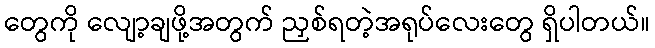
တွေကို လျော့ချဖို့အတွက် ညှစ်ရတဲ့အရုပ်လေးတွေ ရှိပါတယ်။